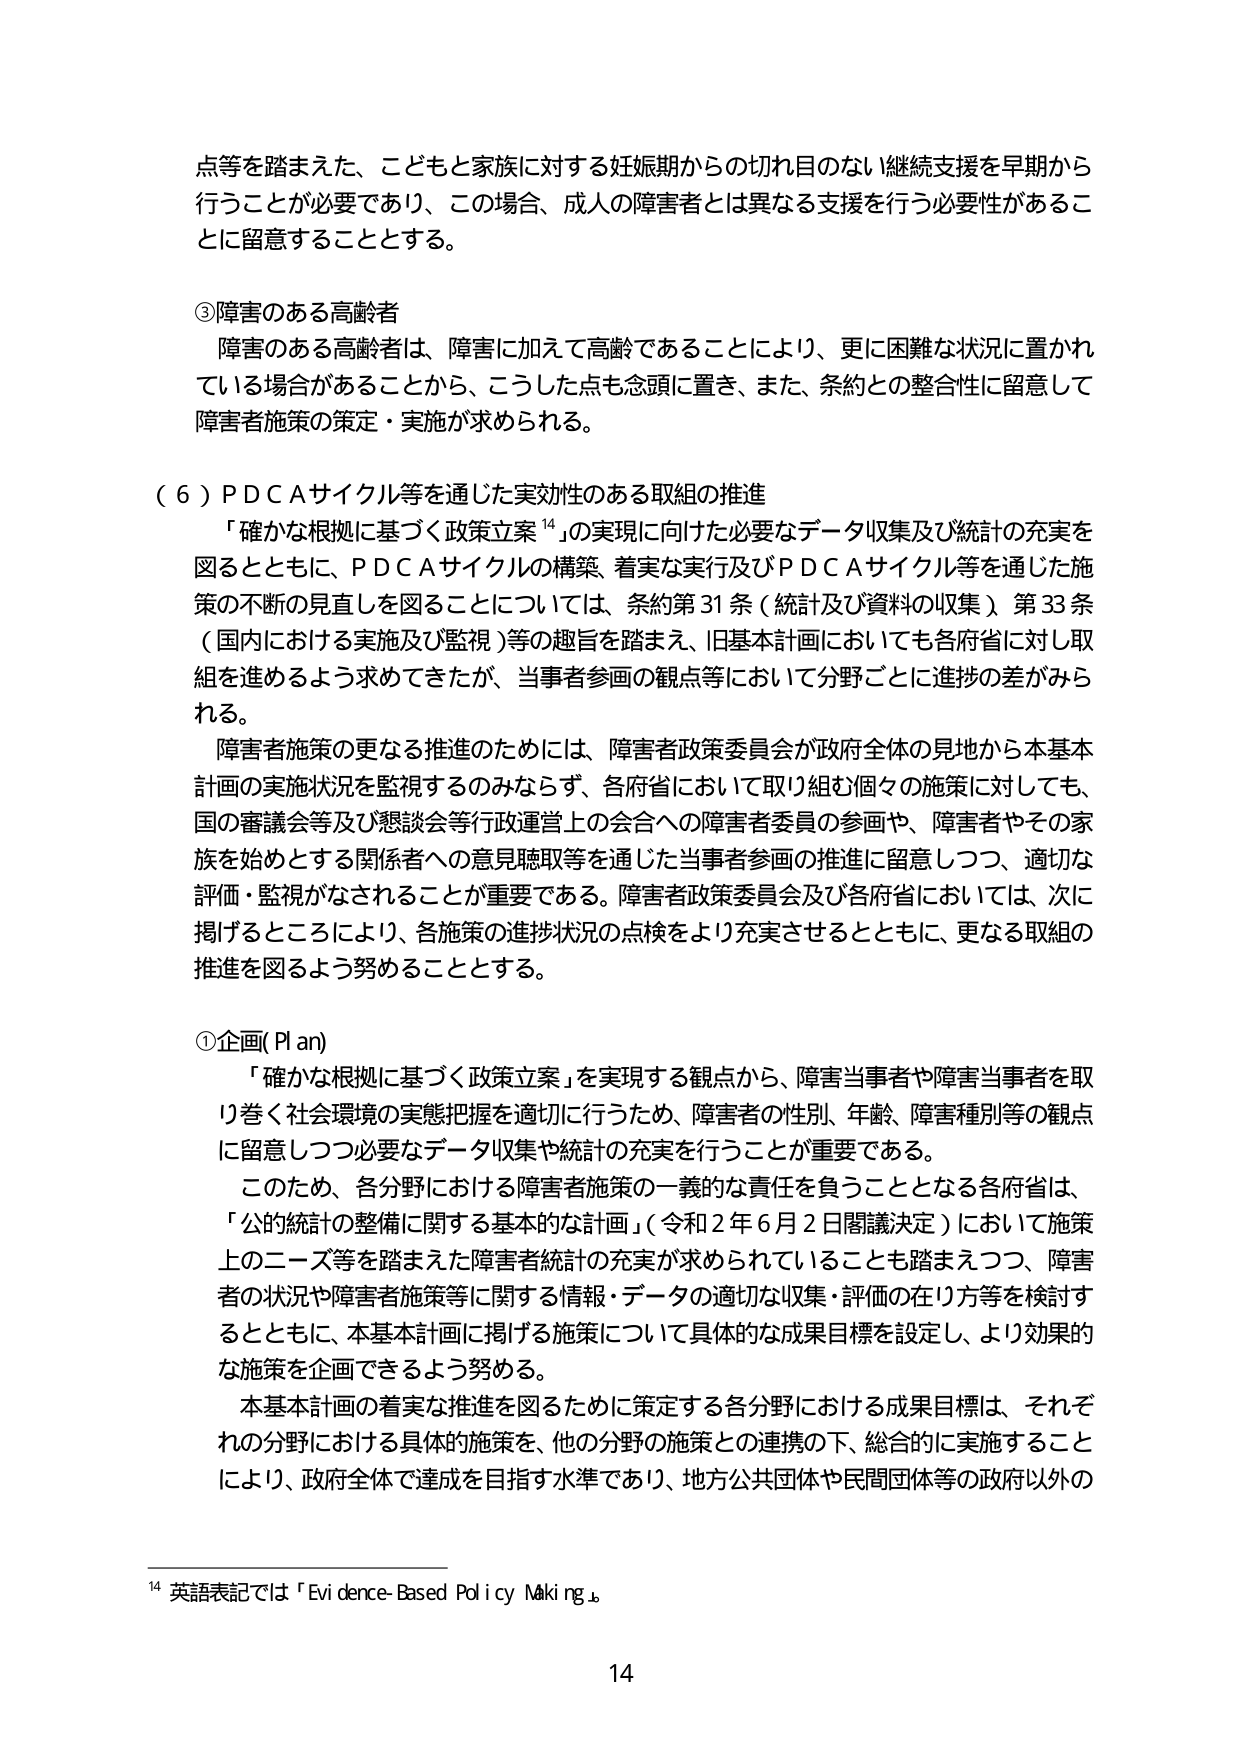
点等を踏まえた、こどもと家族に対する妊娠期からの切れ目のない継続支援を早期から行うことが必要であり、この場合、成人の障害者とは異なる支援を行う必要性があることに留意することとする。

③障害のある高齢者
障害のある高齢者は、障害に加えて高齢であることにより、更に困難な状況に置かれている場合があることから、こうした点も念頭に置き、また、条約との整合性に留意して障害者施策の策定・実施が求められる。

（６）ＰＤＣＡサイクル等を通じた実効性のある取組の推進
「確かな根拠に基づく政策立案¹⁴」の実現に向けた必要なデータ収集及び統計の充実を図るとともに、ＰＤＣＡサイクルの構築、着実な実行及びＰＤＣＡサイクル等を通じた施策の不断の見直しを図ることについては、条約第31条（統計及び資料の収集）、第33条（国内における実施及び監視）等の趣旨を踏まえ、旧基本計画においても各府省に対し取組を進めるよう求めてきたが、当事者参画の観点等において分野ごとに進捗の差がみられる。
障害者施策の更なる推進のためには、障害者政策委員会が政府全体の見地から本基本計画の実施状況を監視するのみならず、各府省において取り組む個々の施策に対しても、国の審議会等及び懇談会等行政運営上の会合への障害者委員の参画や、障害者やその家族を始めとする関係者への意見聴取等を通じた当事者参画の推進に留意しつつ、適切な評価・監視がなされることが重要である。障害者政策委員会及び各府省においては、次に掲げるところにより、各施策の進捗状況の点検をより充実させるとともに、更なる取組の推進を図るよう努めることとする。

①企画（Plan）
「確かな根拠に基づく政策立案」を実現する観点から、障害当事者や障害当事者を取り巻く社会環境の実態把握を適切に行うため、障害者の性別、年齢、障害種別等の観点に留意しつつ必要なデータ収集や統計の充実を行うことが重要である。
このため、各分野における障害者施策の一義的な責任を負うこととなる各府省は、「公的統計の整備に関する基本的な計画」（令和2年6月2日閣議決定）において施策上のニーズ等を踏まえた障害者統計の充実が求められていることも踏まえつつ、障害者の状況や障害者施策等に関する情報・データの適切な収集・評価の在り方等を検討するとともに、本基本計画に掲げる施策について具体的な成果目標を設定し、より効果的な施策を企画できるよう努める。
本基本計画の着実な推進を図るために策定する各分野における成果目標は、それぞれの分野における具体的施策を、他の分野の施策との連携の下、総合的に実施することにより、政府全体で達成を目指す水準であり、地方公共団体や民間団体等の政府以外の

¹⁴ 英語表記では「Evidence-Based Policy Making」

14